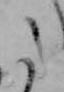
た